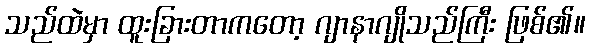
သည်ထဲမှာ ထူးခြားတာကတော့ ဂျာနာဂျိုသည်ကြီး ဖြစ်၏။